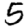
Digit: 5